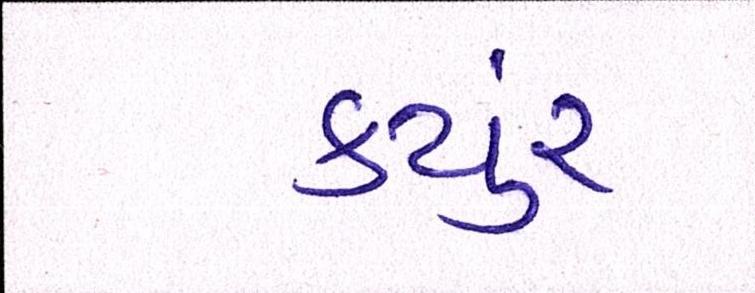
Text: કયુંર્